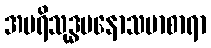
အပရိသုဒ္ဓမနောသမာစာရာ